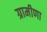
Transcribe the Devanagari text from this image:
ग्रामीणा